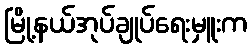
မြို့နယ်အုပ်ချုပ်ရေးမှူးက